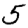
Digit: 5